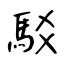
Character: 駁